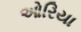
ઓરિયા